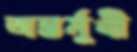
অন্তর্মুখী